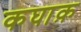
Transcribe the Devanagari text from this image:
कघाक़